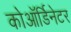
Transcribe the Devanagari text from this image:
कोऑर्डिनेटर